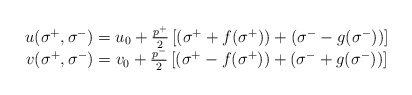
\begin{align*}\begin{array}{c}u(\sigma ^{+},\sigma ^{-})=u_0+\frac{p^{+}}2\left[ (\sigma ^{+}+f(\sigma ^{+}))+(\sigma ^{-}-g(\sigma^{-}))\right] \\ v(\sigma ^{+},\sigma ^{-})=v_0+\frac{p^{-}}2\left[ (\sigma^{+}-f(\sigma ^{+}))+(\sigma ^{-}+g(\sigma ^{-}))\right]\end{array}\end{align*}